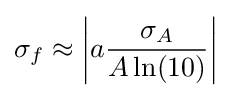
\sigma _{f}\approx \left|a{\frac {\sigma _{A}}{A\ln(10)}}\right|